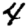
Digit: 4